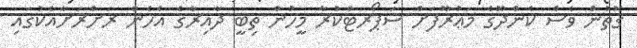
ގޮތުން ވެސް ކެންދޫގެ މަޢުރޫފަށް ސަޕޯރޓްކުރާ މީހުން ތިބީ ދާއިރާގެ އެހެން ރަށްރަށާއެކުގައި